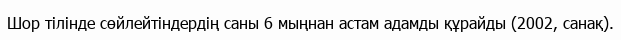
Шор тілінде сөйлейтіндердің саны 6 мыңнан астам адамды құрайды (2002, санақ).